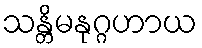
သန္တိမနုဂ္ဂဟာယ